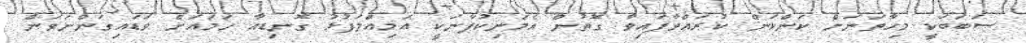
ސަބަބަކީ މިހާތަނަށް ކަންކަން ކުރައްވާފައިވާ ގޮތުން އެމަނިކުފާނަކީ އަމިއްލަފުޅު ގޮނޑިއާ ހަމައަށް ވަޑައިގަންނަވަން